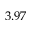
3 . 9 7